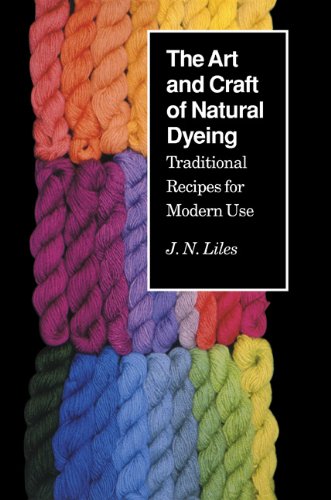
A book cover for The Art and Craft of Natural Dyeing: Traditional Recipes for Modern Use; J.N. Liles; Crafts, Hobbies & Home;